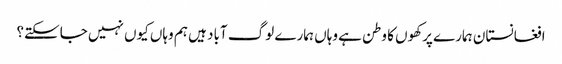
افغانستان ہمارے پرکھوں کا وطن ہے وہاں ہمارے لوگ آباد ہیں ہم وہاں کیوں نہیں جاسکتے؟